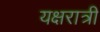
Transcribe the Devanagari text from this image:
यक्षरात्री